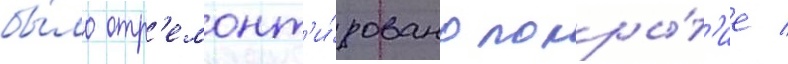
бы́ло отр'емонт'и́ровано покры́т'ие /